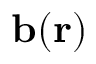
\mathbf { b } ( \mathbf { r } )